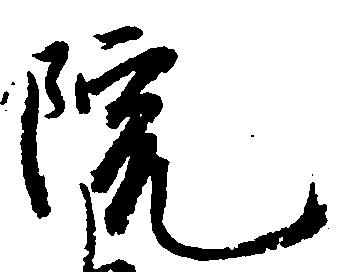
院